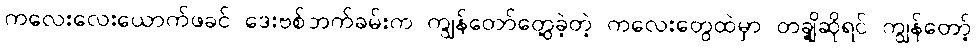
ကလေးလေးယောက်ဖခင် ဒေးဗစ်ဘက်ခမ်းက ကျွန်တော်တွေ့ခဲ့တဲ့ ကလေးတွေထဲမှာ တချို့ဆိုရင် ကျွန်တော့်